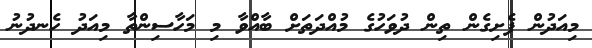
މިއަދުން ފެށިގެން ތިން ދުވަހުގެ މުއްދަތަށް ބާއްވާ މި މަހާސިންތާ މިއަދު ހެނދުނު